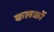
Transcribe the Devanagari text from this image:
कलकों